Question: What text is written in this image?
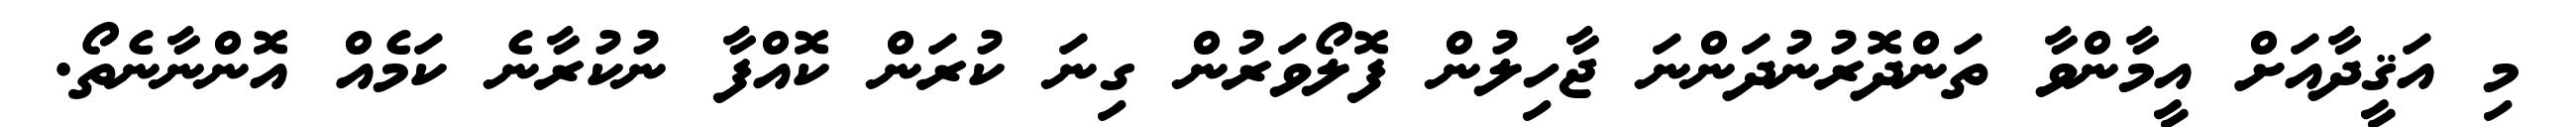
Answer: މި އަޤީދާއަށް އީމާންވާ ތަންދޮރުނުދަންނަ ޖާހިލުން ފޮލޯވަރުން ގިނަ ކުރަން ކޮއްފާ ނުކުރާނެ ކަމެއް އޮންނާނެތޯ.